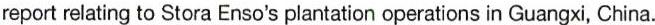
report relating to Stora Enso's plantation operations in Guangxi, China.